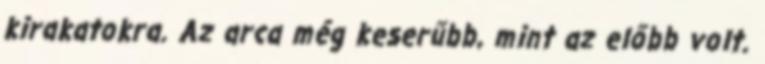
kirakatokra. Az arca még keserűbb, mint az előbb volt.